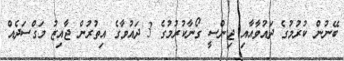
ބޭނުން ކުރުމުގެ ދައުވާއާއި ޖިންސީ ގޯނާކުރުމުގެ 3 ދައުވާގެ އިތުރުން ޖާއިޒު މަގްސަދެއް